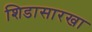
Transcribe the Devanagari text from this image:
शिडासारखा